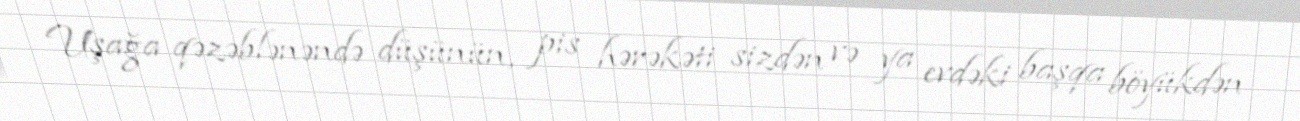
Uşağa qəzəblənəndə düşünün, pis hərəkəti sizdən və ya evdəki başqa böyükdən